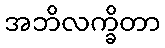
အဘိလက္ခိတာ